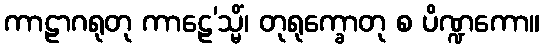
ကာဠာဂရုတု ကာဠေ’သ္မိံ၊ တုရုက္ခောတု စ ပိဏ္ဍကော။